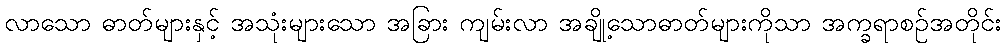
လာသော ဓာတ်များနှင့် အသုံးများသော အခြား ကျမ်းလာ အချို့သောဓာတ်များကိုသာ အက္ခရာစဉ်အတိုင်း